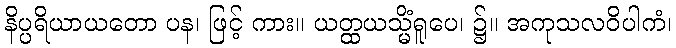
နိပ္ပရိယာယတော ပန၊ ဖြင့် ကား။ ယတ္ထယသ္မိံရူပေ၊ ၌။ အကုသလဝိပါကံ၊